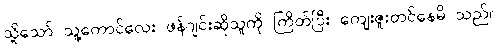
သို့သော် သူ့ကောင်လေး ဖန်ဂျင်းဆိုသူကို ကြိတ်ပြီး ကျေးဇူးတင်နေမိ သည်။